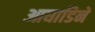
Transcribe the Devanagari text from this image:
आघाडिने